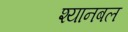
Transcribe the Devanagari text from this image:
श्यानबल